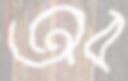
অব